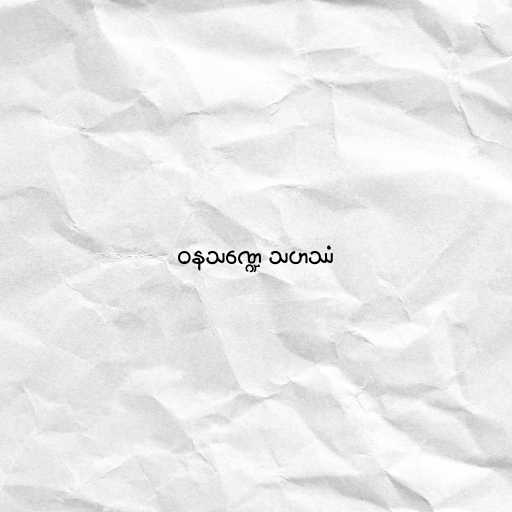
ဝနသဏ္ဍေ သဟဿံ